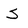
Character: s